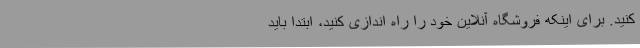
کنید. برای اینکه فروشگاه آنلاین خود را راه اندازی کنید، ابتدا باید